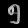
Digit: ၅